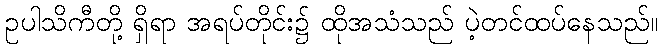
ဥပါသိကီတို့ ရှိရာ အရပ်တိုင်း၌ ထိုအသံသည် ပဲ့တင်ထပ်နေသည်။